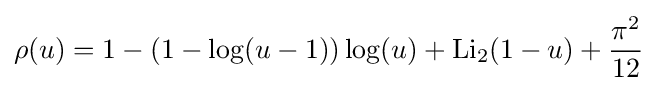
\rho (u)=1-(1-\log(u-1))\log(u)+\operatorname {Li} _{2}(1-u)+{\frac {\pi ^{2}}{12}}